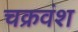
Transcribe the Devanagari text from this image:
चक्रवंश